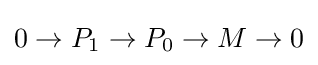
0\to P_{1}\to P_{0}\to M\to 0